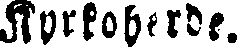
Kyrkoherde.